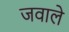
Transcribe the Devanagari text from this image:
जवाले